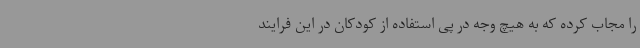
را مجاب کرده که به هیچ وجه در پی استفاده از کودکان در این فرایند